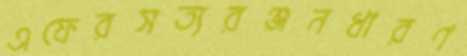
এফেরসত্যরঞ্জনধারণ